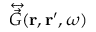
\overleftrightarrow { \vec { G } } ( \mathbf { r } , \mathbf { r } ^ { \prime } , \omega )